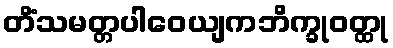
တိံသမတ္တပါဝေယျကဘိက္ခုဝတ္ထု